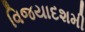
વિજયાદશમી